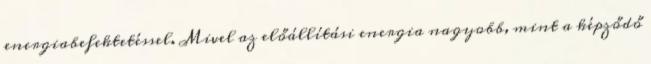
energiabefektetéssel. Mivel az előállítási energia nagyobb, mint a képződő